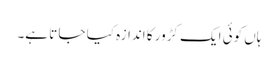
ہاں کوئی ایک کڑور کا اندازہ کیا جا تا ہے۔